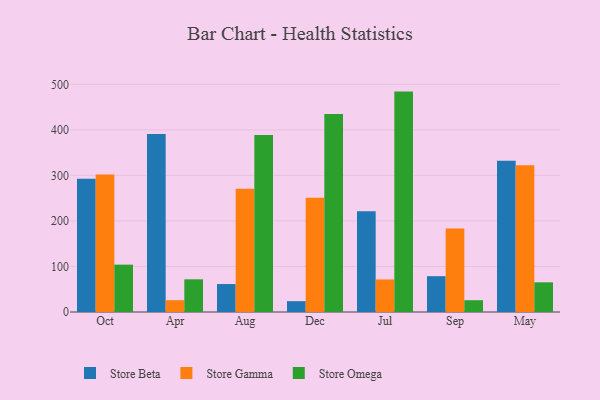
{"axis": {"x": "Month", "y": "Demand Index"}, "legend": ["Store Beta", "Store Gamma", "Store Omega"], "data": [{"x": "Oct", "y": 292.6, "type": "Store Beta"}, {"x": "Oct", "y": 301.9, "type": "Store Gamma"}, {"x": "Oct", "y": 104.0, "type": "Store Omega"}, {"x": "Apr", "y": 390.7, "type": "Store Beta"}, {"x": "Apr", "y": 26.0, "type": "Store Gamma"}, {"x": "Apr", "y": 71.8, "type": "Store Omega"}, {"x": "Aug", "y": 61.4, "type": "Store Beta"}, {"x": "Aug", "y": 270.7, "type": "Store Gamma"}, {"x": "Aug", "y": 388.8, "type": "Store Omega"}, {"x": "Dec", "y": 23.8, "type": "Store Beta"}, {"x": "Dec", "y": 251.1, "type": "Store Gamma"}, {"x": "Dec", "y": 434.9, "type": "Store Omega"}, {"x": "Jul", "y": 221.1, "type": "Store Beta"}, {"x": "Jul", "y": 71.5, "type": "Store Gamma"}, {"x": "Jul", "y": 484.1, "type": "Store Omega"}, {"x": "Sep", "y": 78.7, "type": "Store Beta"}, {"x": "Sep", "y": 183.6, "type": "Store Gamma"}, {"x": "Sep", "y": 25.9, "type": "Store Omega"}, {"x": "May", "y": 332.1, "type": "Store Beta"}, {"x": "May", "y": 322.2, "type": "Store Gamma"}, {"x": "May", "y": 65.2, "type": "Store Omega"}]}